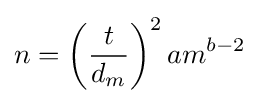
n=\left({\frac {t}{d_{m}}}\right)^{2}am^{b-2}